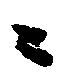
二